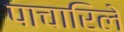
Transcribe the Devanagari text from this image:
पाचारिले